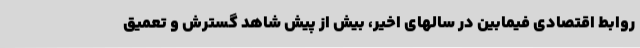
روابط اقتصادی فیمابین در سالهای اخیر، ‌بیش از پیش شاهد گسترش و تعمیق